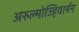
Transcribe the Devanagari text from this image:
अरुल्मोज्हिवार्मन